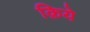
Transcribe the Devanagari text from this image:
क़िये